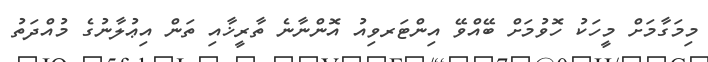
މިމަގާމަށް މީހަކު ހޮވުމަށް ބޭއްވޭ އިންޓަރވިއު އޮންނާނެ ތާރީޚާއި ތަން އިޢުލާނުގެ މުއްދަތު